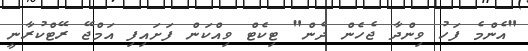
"އެންމެ ފަހު ވިންދާ ޖެހެން ދެން" ޓިކެޓް ވިއްކަން ފަށައިފި އަމްޖޭ ރޭޓްކުރާނީ